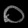
Digit: ၀